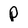
Character: P